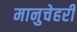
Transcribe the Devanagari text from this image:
मानुचेहरी